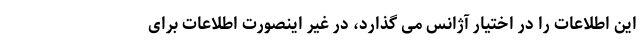
این اطلاعات را در اختیار آژانس می گذارد، در غیر اینصورت اطلاعات برای